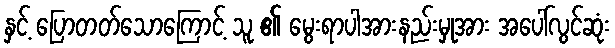
နှင့် ပြောတတ်သောကြောင့် သူ ၏ မွေးရာပါအားနည်းမှုအား အပေါ်လွင်ဆုံး